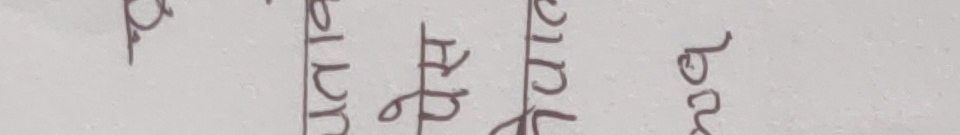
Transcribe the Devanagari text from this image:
ढ प्लु हे ठु ब्र